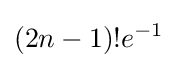
(2n-1)!e^{-1}